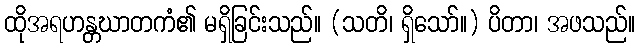
ထိုအရဟန္တဃာတကံ၏ မရှိခြင်းသည်။ (သတိ၊ ရှိသော်။) ပိတာ၊ အဖသည်။